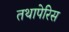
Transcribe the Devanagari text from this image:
तथापेरिस